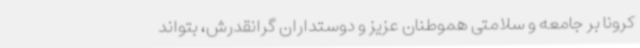
کرونا بر جامعه و سلامتی هموطنان عزیز و دوستداران گرانقدرش، بتواند